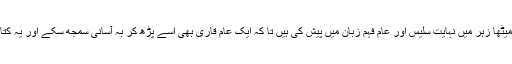
میں نے ان تمام چیزوں کو اپنی کتاب ذیابیطس ایک میٹھا زہر میں نہایت سلیس اور عام فہم زبان میں پیش کی ہیں تا کہ ایک عام قاری بھی اسے پڑھ کر بہ آسانی سمجھ سکے اور یہ کتاب جس کو ضرورت ہو وہ مفت حاصل کرسکتا ہے۔